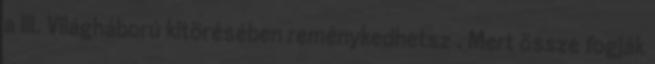
a III. Világháború kitörésében reménykedhetsz . Mert össze fogják